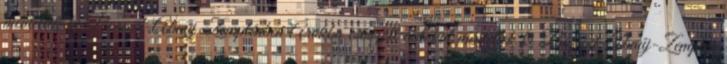
mentettek ki Borsod-Abaúj-Zemplénben Árokba csúszott autókat mentettek ki Borsod-Abaúj-Zemplén